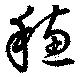
穂